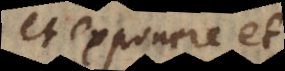
et exponere et